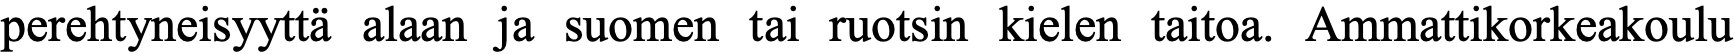
perehtyneisyyttä alaan ja suomen tai ruotsin kielen taitoa. Ammattikorkeakoulu